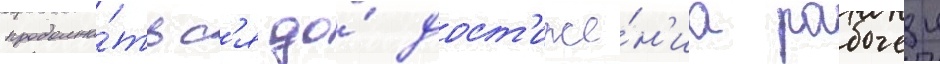
продолжа́тьс'я до́ дост'иже́н'иа рабочеи